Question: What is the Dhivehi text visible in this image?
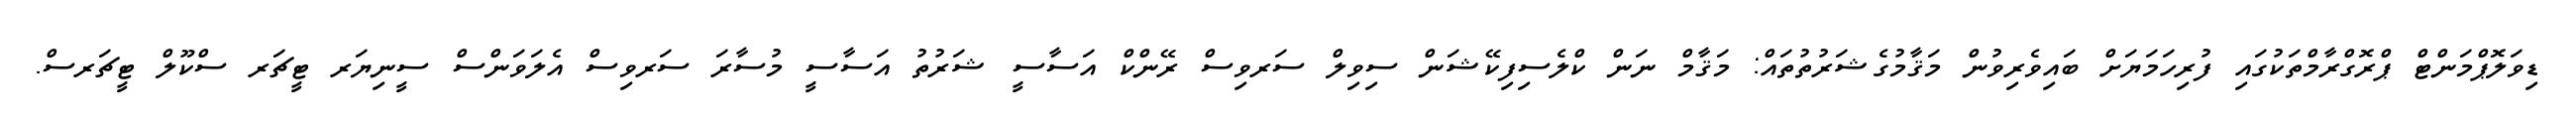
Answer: ޑިވަލޮޕްމަންޓް ޕްރޮގްރާމްތަކުގައި ފުރިހަމަޔަށް ބައިވެރިވުން މަޤާމުގެޝަރުތުތައް: މަޤާމް ނަން ކްލެސިފިކޭޝަން ސިވިލް ސަރވިސް ރޭންކް އަސާސީ ޝަރުތު އަސާސީ މުސާރަ ސަރވިސް އެލަވަންސް ސީނިޔަރ ޓީޗަރ ސްކޫލް ޓީޗަރސް.